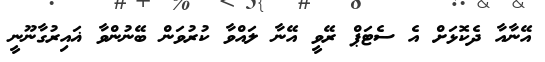
އޭނާއާ ދެކޮޅަށް އެ ސެޓަޕް ރޭވީ އޭނާ ލައްވާ ކުރުވަން ބޭނުންވާ ޣައިރުގާނޫނީ